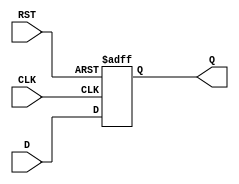
module IntermediateRegister (
    input wire [N-1:0] D,    // Data Input
    input wire CLK,           // Clock signal
    input wire RST,           // Reset signal
    output reg [N-1:0] Q      // Data Output
);
    parameter N = 8;          // Width of the register (can be adjusted)

    // Asynchronous reset behavior
    always @(posedge CLK or posedge RST) begin
        if (RST) begin
            Q <= {N{1'b0}};    // Reset output to 0
        end else begin
            Q <= D;            // Capture input data on clock edge
        end
    end

endmodule